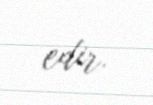
edir.